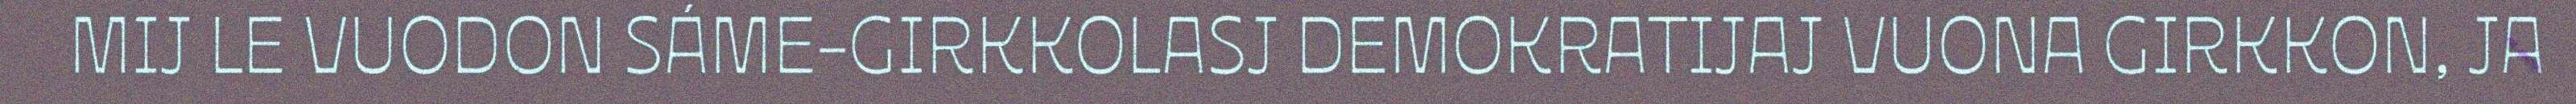
MIJ LE VUODON SÁME-GIRKKOLASJ DEMOKRATIJAJ VUONA GIRKKON, JA